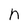
Character: n